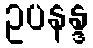
ဥပနန္ဒ